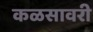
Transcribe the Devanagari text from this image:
कळसावरी